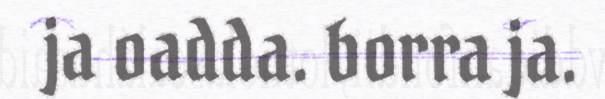
ja oadda. borra ja.